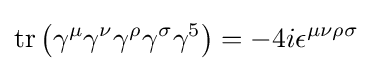
\operatorname {tr} \left(\gamma ^{\mu }\gamma ^{\nu }\gamma ^{\rho }\gamma ^{\sigma }\gamma ^{5}\right)=-4i\epsilon ^{\mu \nu \rho \sigma }